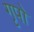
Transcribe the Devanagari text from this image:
गृपो